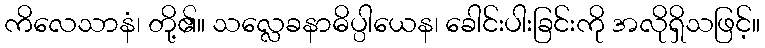
ကိလေသာနံ၊ တို့၏။ သလ္လေခနာဓိပ္ပါယေန၊ ခေါင်းပါးခြင်းကို အလိုရှိသဖြင့်။